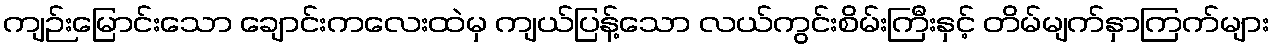
ကျဉ်းမြောင်းသော ချောင်းကလေးထဲမှ ကျယ်ပြန့်သော လယ်ကွင်းစိမ်းကြီးနှင့် တိမ်မျက်နှာကြက်များ